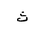
Letter: _tha